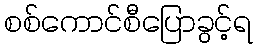
စစ်ကောင်စီပြောခွင့်ရ